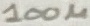
Text: 100µ